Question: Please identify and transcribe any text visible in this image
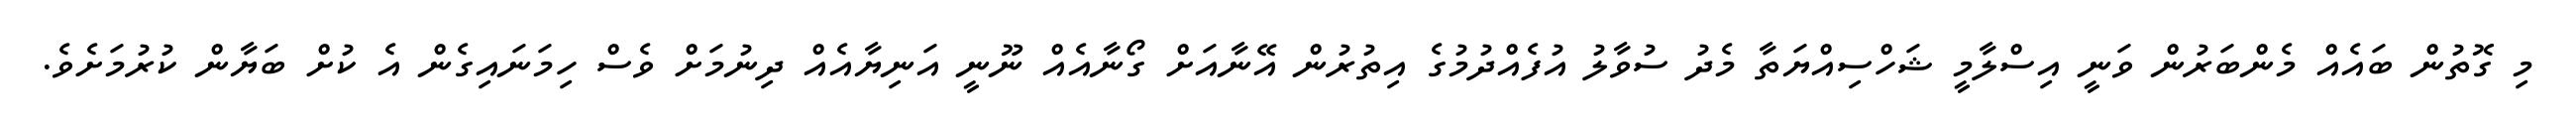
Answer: މި ގޮތުން ބައެއް މެންބަރުން ވަނީ އިސްލާމީ ޝަހްސިއްޔަތާ މެދު ސުވާލު އުފެއްދުމުގެ އިތުރުން އޭނާއަށް ގޯނާއެއް ނޫނީ އަނިޔާއެއް ދިނުމަށް ވެސް ހިމަނައިގެން އެ ކުށް ބަޔާން ކުރުމަށެވެ.